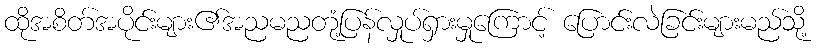
ထိုအစိတ်အပိုင်းများ၏အညမညတုံ့ပြန်လှုပ်ရှားမှုကြောင့် ပြောင်းလဲခြင်းများမည်သို့